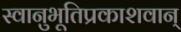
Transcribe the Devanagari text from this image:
स्वानुभूतिप्रकाशवान्